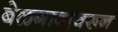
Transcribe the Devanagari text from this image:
बेळगावावरून